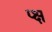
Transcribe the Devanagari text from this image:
प्क्ष